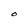
Character: O